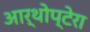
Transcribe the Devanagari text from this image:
आर्थोप्टेरा